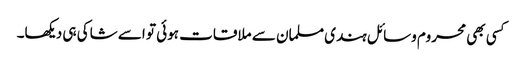
کسی بھی محروم وسائل ہندی مسلمان سے ملاقات ہوئی تو اسے شاکی ہی دیکھا۔